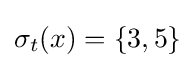
\sigma _{t}(x)=\lbrace 3,5\rbrace